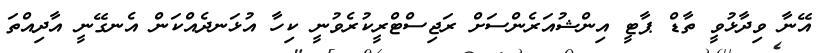
އޭނާ ވިދާޅުވީ ތާޑް ޕާޓީ އިންޝުއަރެންސަށް ރަޖިސްޓްރީކުރެވުނީ ކިހާ އުޅަނދެއްކަން އެނގޭނީ އާދިއްތަ